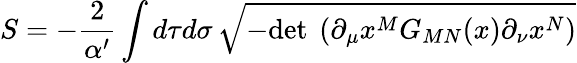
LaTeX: S=-\frac{2}{\alpha^{\prime}}\int d\tau d\sigma\, \sqrt{-\mathrm{det~}\left(\partial_{\mu}x^{M}G_{MN}(x)\partial_{\nu}x^{N}\right)}